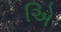
એિ